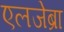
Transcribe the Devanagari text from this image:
एलजेब्रा